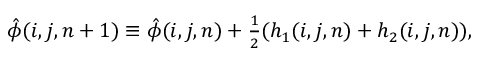
\begin{array} { r } { \hat { \phi } ( i , j , n + 1 ) \equiv \hat { \phi } ( i , j , n ) + \frac { 1 } { 2 } ( h _ { 1 } ( i , j , n ) + h _ { 2 } ( i , j , n ) ) , } \end{array}